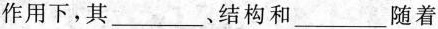
作用下，其___。结构和___随着